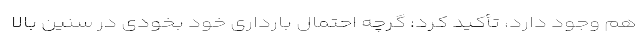
هم وجود دارد، تأکید کرد: گرچه احتمال بارداری خود بخودی در سنین بالا